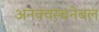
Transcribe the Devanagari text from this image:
अनक्वस्चनेबल